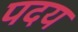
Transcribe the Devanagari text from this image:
पदय